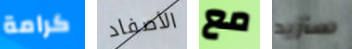
كرامة الأصفاد مع سأزيد